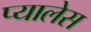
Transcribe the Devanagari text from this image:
प्यालेस